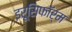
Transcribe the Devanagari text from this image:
इरूसिफॉर्म